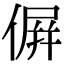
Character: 𠌸